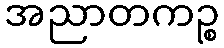
အညာတကဉ္စ